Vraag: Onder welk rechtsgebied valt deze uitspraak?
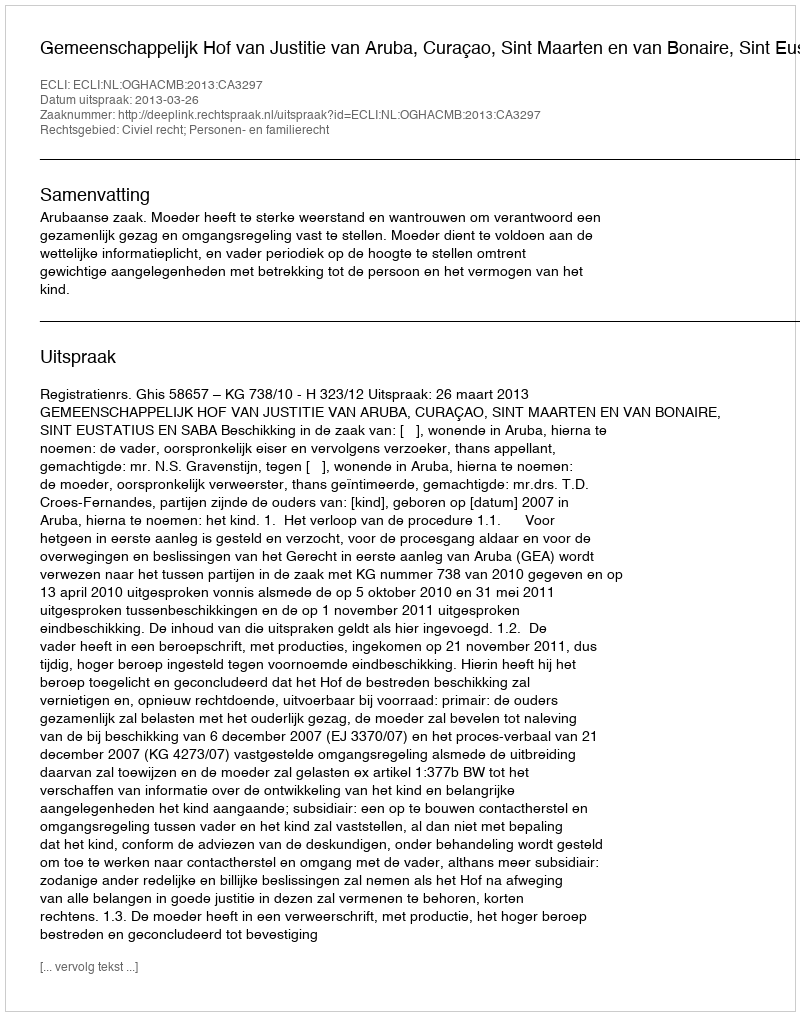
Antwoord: Civiel recht; Personen- en familierecht